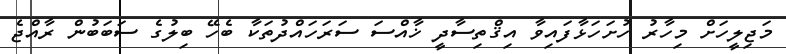
މަޖިލީހަށް މިހާރު ހުށަހަޅާފައިވާ އިޤްތިސާދީ ޚާއްސަ ސަރަހައްދުތަކާ ބެހޭ ބިލުގެ ސަބަބުން ރާއްޖެ